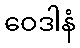
ဝေဒါနံ